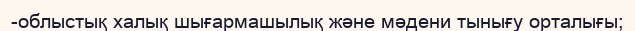
-облыстық халық шығармашылық және мәдени тынығу орталығы;